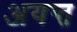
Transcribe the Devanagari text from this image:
अयन्त